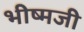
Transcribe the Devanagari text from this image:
भीष्मजी